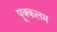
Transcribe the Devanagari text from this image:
पूक्कलम